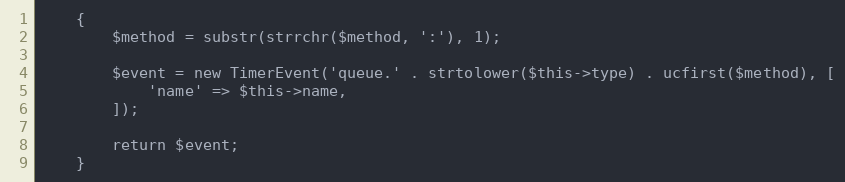
Language: PHP
    {
        $method = substr(strrchr($method, ':'), 1);

        $event = new TimerEvent('queue.' . strtolower($this->type) . ucfirst($method), [
            'name' => $this->name,
        ]);

        return $event;
    }